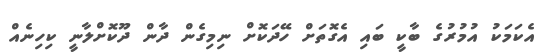
އެކަމަކު އުމުރުގެ ބާކީ ބައި އެގޮތަށް ހޭދަކޮށް ނިމިގެން ދާން ދޫކޮށްލާނީ ކިހިނެއް